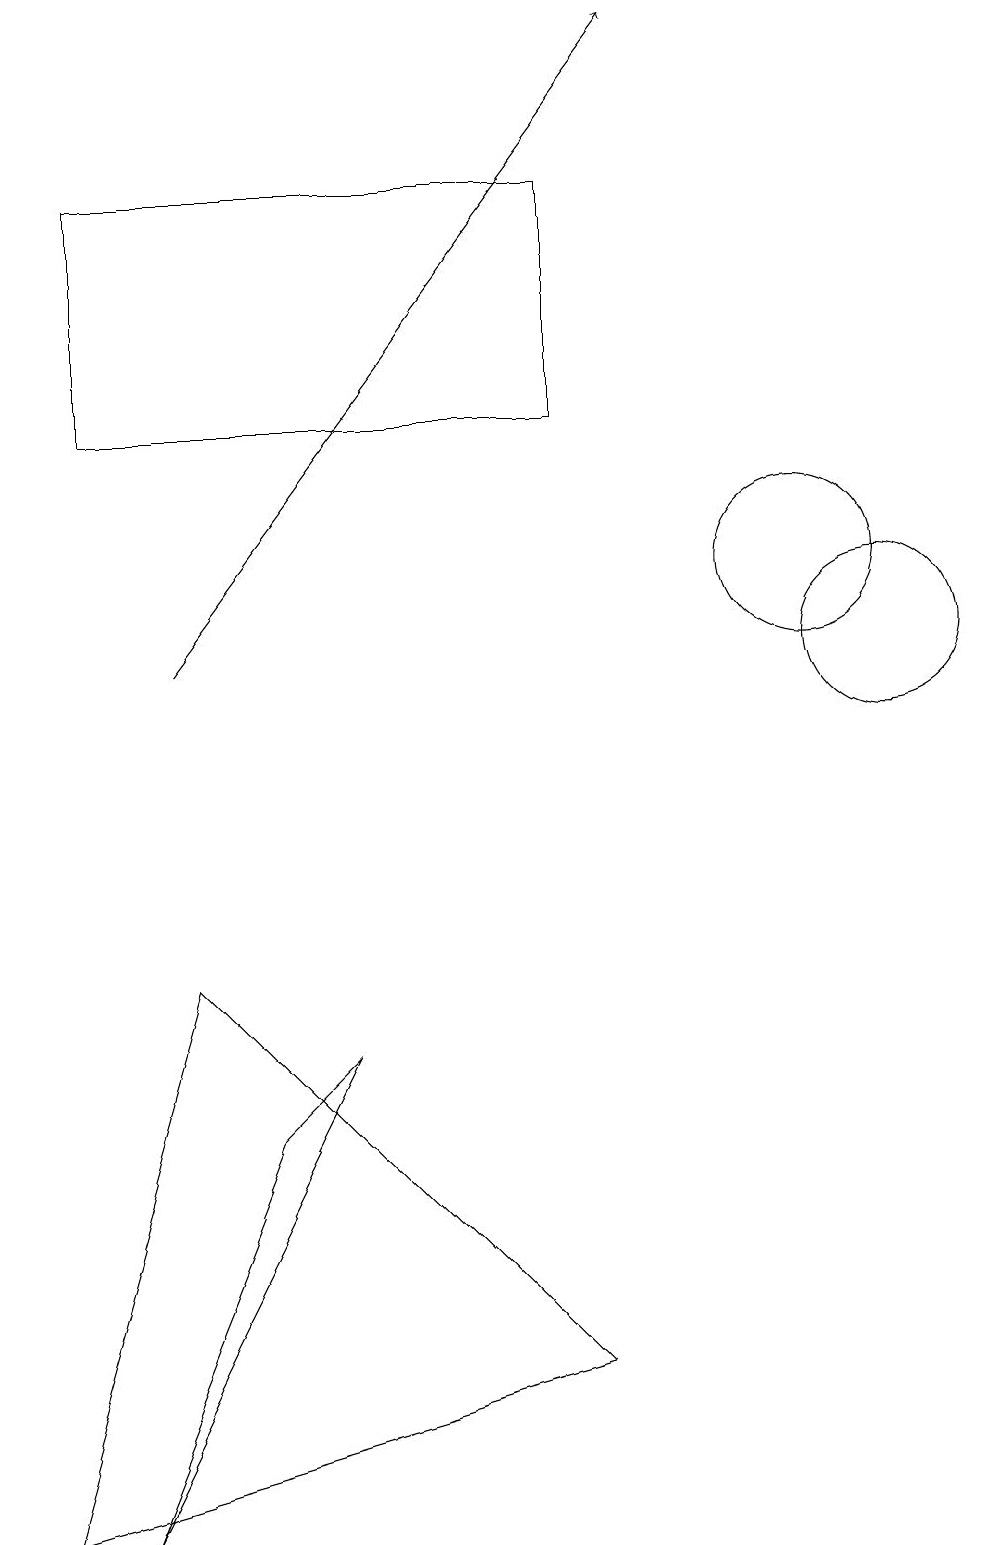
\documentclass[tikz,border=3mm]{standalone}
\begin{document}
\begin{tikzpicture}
\draw (0,0) -- (7,2) -- (2,7) -- cycle;
\draw (1,0) -- (3,5) -- (4,6) -- cycle;
\draw (1,14) rectangle (7,17);
\draw (11,11) circle (1);
\draw (10,12) circle (1);
\draw[->] (2,11) -- (8,19);
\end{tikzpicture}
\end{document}